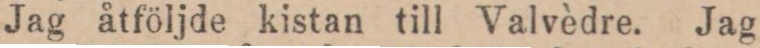
Jag åtföljde kistan till Valvèdre. Jag